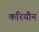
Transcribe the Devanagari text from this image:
करियौन